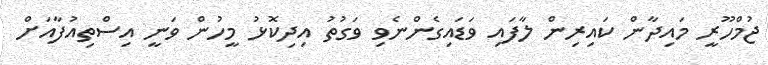
ޖުމްހޫރީ މައިދާން ކައިރިން ލާފައި ވަޑައިގެންނެވި ވަގުތު އިދިކޮޅު މީހުން ވަނީ އިސްތިއުފާއަށް